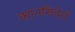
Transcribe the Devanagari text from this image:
कानसिदेराँ